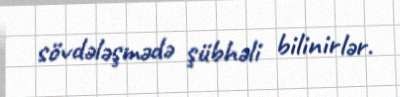
sövdələşmədə şübhəli bilinirlər.